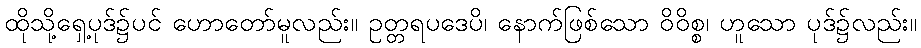
ထိုသို့ရှေ့ပုဒ်၌ပင် ဟောတော်မူလည်း။ ဥတ္တရပဒေပိ၊ နောက်ဖြစ်သော ဝိဝိစ္စ၊ ဟူသော ပုဒ်၌လည်း။